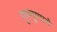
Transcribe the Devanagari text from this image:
गुण्गुणाये